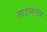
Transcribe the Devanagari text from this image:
ताडलतंत्र